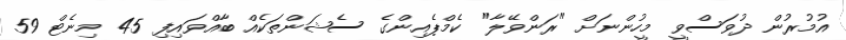
އުމުރުން ދުވަސްވީ މީހުންނަށް "ރަންވޭލާ" ކެމްޕެއިންގެ ސެޝަންތަކެއް ބާއްވައިފި 45 މިނެޓް 59